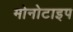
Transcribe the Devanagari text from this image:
मोनोटाइप